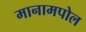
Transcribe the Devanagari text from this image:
मानामपोल